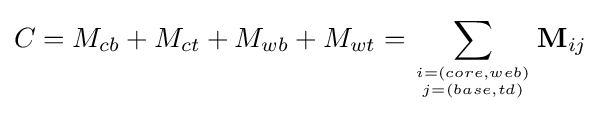
C=M_{cb}+M_{ct}+M_{wb}+M_{wt}=\sum _{i=(core,web) \atop j=(base,td)}\mathbf {M} _{ij}